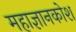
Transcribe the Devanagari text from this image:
महाज्ञानकोश